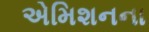
એમિશનના